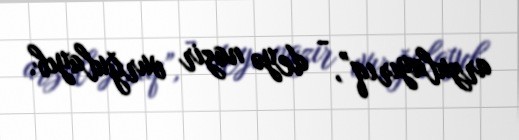
arzulayırıq”, - deyə nazir vurğulayıb.